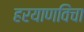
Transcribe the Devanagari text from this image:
हरयाणविंचा